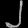
Digit: ၂